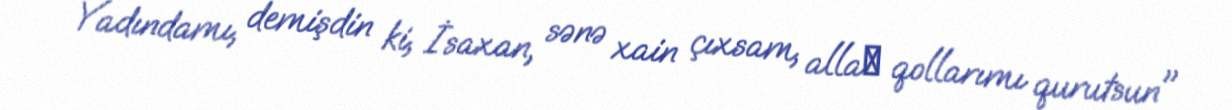
Yadındamı, demişdin ki, İsaxan, sənə xain çıxsam, allaһ qollarımı qurutsun"